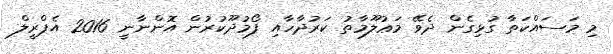
މި މަސައްކަތާ ގުޅިގެން ދެވޭ މަޢުލޫމާތު ކަރުދާހާއި ފޯމުދޫކުރުން އޮންނާނީ 2016 އެޕްރީލް